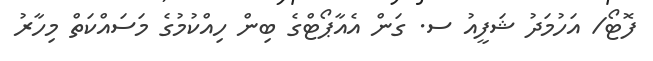
ފޮޓޯ/ އަހުމަދު ޝަފީއު ސ. ގަން އެއާޕޯޓްގެ ބިން ހިއްކުމުގެ މަސައްކަތް މިހާރު